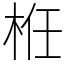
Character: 栣